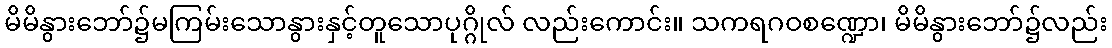
မိမိနွားဘော်၌မကြမ်းသောနွားနှင့်တူသောပုဂ္ဂိုလ် လည်းကောင်း။ သကရဂဝစဏ္ဍော၊ မိမိနွားဘော်၌လည်း